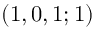
( 1 , 0 , 1 ; 1 )